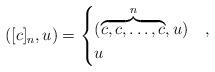
LaTeX: \begin{align*}&([c]_n, u)=\begin{cases}(\overbrace{c, c, \ldots, c}^{n }, u) & ,\\ u & \end{cases}\end{align*}